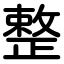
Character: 整